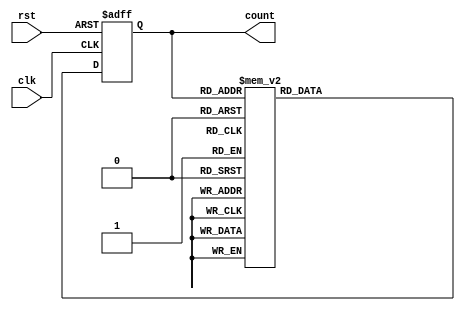
module johnson_gray_counter (
    input wire clk,
    input wire rst,
    output reg [3:0] count
);

reg [3:0] next_count;

always @(posedge clk or posedge rst) begin
    if (rst) begin
        count <= 4'b0000;
    end else begin
        count <= next_count;
    end
end

always @* begin
    case(count)
        4'b0000: next_count = 4'b0001;
        4'b0001: next_count = 4'b0011;
        4'b0011: next_count = 4'b0010;
        4'b0010: next_count = 4'b0110;
        4'b0110: next_count = 4'b0100;
        4'b0100: next_count = 4'b1100;
        4'b1100: next_count = 4'b1000;
        4'b1000: next_count = 4'b1001;
        4'b1001: next_count = 4'b1011;
        4'b1011: next_count = 4'b1010;
        4'b1010: next_count = 4'b1110;
        4'b1110: next_count = 4'b1101;
        4'b1101: next_count = 4'b0101;
        4'b0101: next_count = 4'b0111;
        4'b0111: next_count = 4'b1111;
        4'b1111: next_count = 4'b0000;
        default: next_count = 4'b0000;
    endcase
end

endmodule